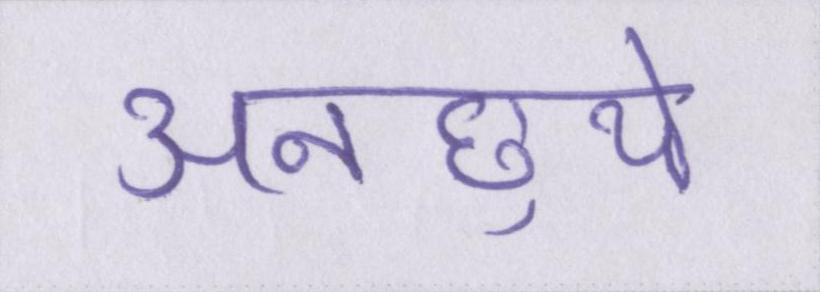
अनछुये